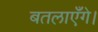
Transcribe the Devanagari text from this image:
बतलाएँगे।